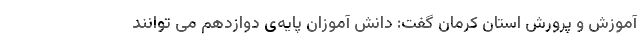
آموزش و پرورش استان کرمان گفت: دانش آموزان پایه‌ی دوازدهم می توانند